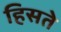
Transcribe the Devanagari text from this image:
हिसते